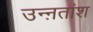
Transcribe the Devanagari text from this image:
उन्ऩतांश